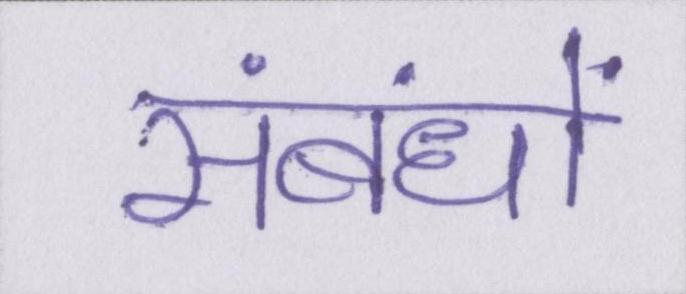
संबंधों